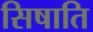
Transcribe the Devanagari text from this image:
सिषाति